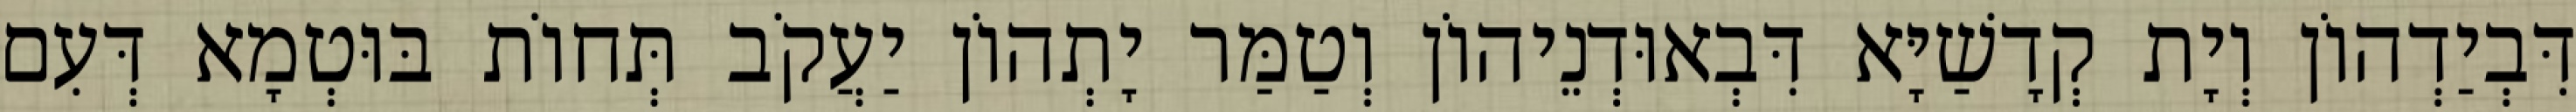
דִּבְיַדְהוֹן וְיָת קְדָשַׁיָּא דִּבְאוּדְנֵיהוֹן וְטַמַּר יָתְהוֹן יַעֲקֹב תְּחוֹת בּוּטְמָא דְּעִם